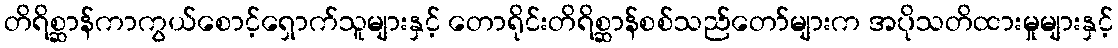
တိရိစ္ဆာန်ကာကွယ်စောင့်ရှောက်သူများနှင့် တောရိုင်းတိရိစ္ဆာန်စစ်သည်တော်များက အပိုသတိထားမှုများနှင့်